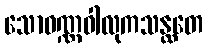
သောဝဏ္ဏဝါလုကသန္ထတေ